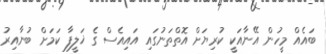
ބައެއް މީހުން އޭނާއަކީ ކުރިޔަށް އޮތްތަނުގައި އައިއެސް ގެ ޚަލީފާ ކަމަށް ބުނާއިރު